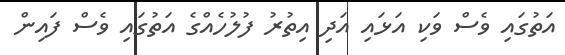
އަތުގައި ވެސް ވަކި އަޅައި އަދި އިތުރު ފުލުހެއްގެ އަތުގައި ވެސް ފައިން